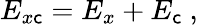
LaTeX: E_{x\mathsf{c}}=E_{x}+E_{\mathsf{c}}\ ,